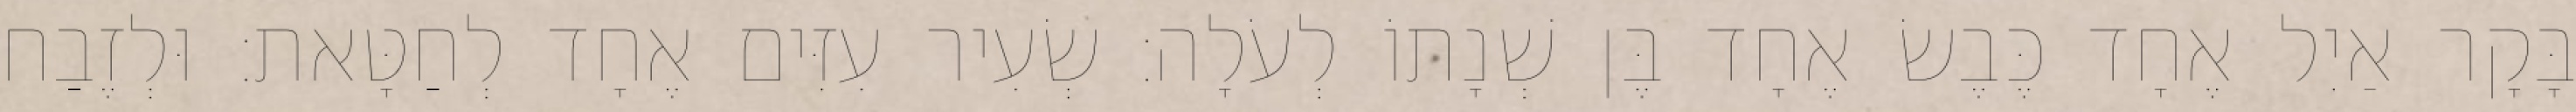
בָּקָר אַיִל אֶחָד כֶּבֶשׂ אֶחָד בֶּן שְׁנָתוֹ לְעֹלָה׃ שְׂעִיר עִזִּים אֶחָד לְחַטָּאת׃ וּלְזֶבַח